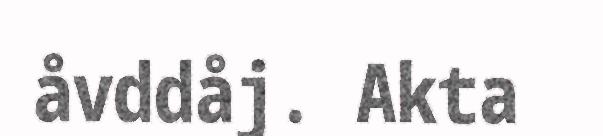
åvddåj. Akta